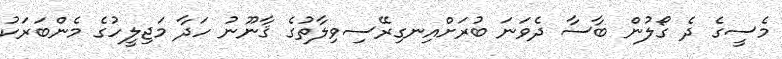
މެސީގެ ދެ ގޯލުން ބާސާ ދެވަނަ ބުރަށްއިނގިރޭސިވިލާތުގެ ޤާނޫނު ހަދާ މަޖިލީހުގެ މެންބަރަކު